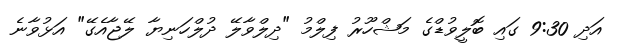
އަދި 9:30 ގައި ބޮލީވުޑްގެ މަޝްހޫރު ފިލްމު "ދިލްވާލޭ ދުލްހަނިޔާ ލޭޖާއެގޭ" އަޅުވާނެ